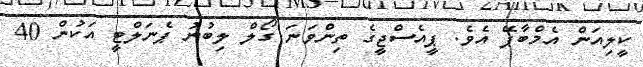
ކީލިއަން އެމްބާޕޭ އެވެ. ޕީއެސްޖީގެ ތިންވަނަ ގޯލް ލިބުނު ޕެނަލްޓީ އަކުން 40